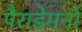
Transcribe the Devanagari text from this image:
पैराडेमनों